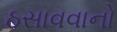
ઠસાવવાનો